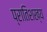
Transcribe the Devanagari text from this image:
प्रातिशख्य